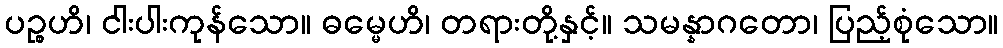
ပဉ္စဟိ၊ ငါးပါးကုန်သော။ ဓမ္မေဟိ၊ တရားတို့နှင့်။ သမန္နာဂတော၊ ပြည့်စုံသော။